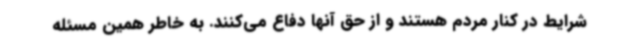
شرایط در کنار مردم هستند و از حق آنها دفاع می‌کنند. به خاطر همین مسئله